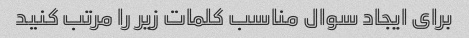
برای ایجاد سوال مناسب کلمات زیر را مرتب کنید